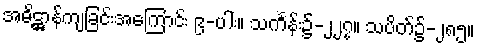
အဓိဋ္ဌာန်ကျခြင်းအကြောင်း ၉-ပါး။ သင်္ကန်း၌-၂၂၇။ သပိတ်၌-၂၈၅။